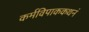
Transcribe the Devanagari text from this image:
कर्मविपाककथनं